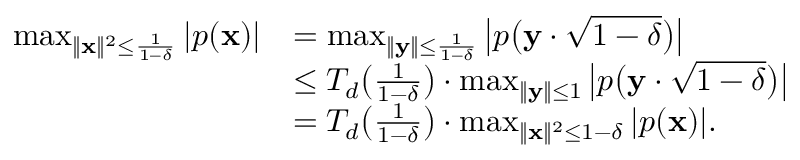
\begin{array} { r l } { \operatorname* { m a x } _ { \| \mathbf { x } \| ^ { 2 } \leq \frac { 1 } { 1 - \delta } } | p ( \mathbf { x } ) | } & { = \operatorname* { m a x } _ { \| \mathbf { y } \| \leq \frac { 1 } { 1 - \delta } } \big | p \big ( \mathbf { y } \cdot \sqrt { 1 - \delta } \big ) \big | } \\ & { \leq T _ { d } \big ( \frac { 1 } { 1 - \delta } \big ) \cdot \operatorname* { m a x } _ { \| \mathbf { y } \| \leq 1 } \big | p \big ( \mathbf { y } \cdot \sqrt { 1 - \delta } \big ) \big | } \\ & { = T _ { d } \big ( \frac { 1 } { 1 - \delta } \big ) \cdot \operatorname* { m a x } _ { \| \mathbf { x } \| ^ { 2 } \leq 1 - \delta } | p ( \mathbf { x } ) | . } \end{array}